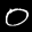
Label: 0